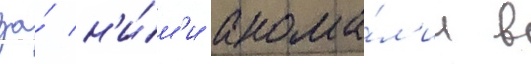
за́ н'и́м'и анома́л'ии в